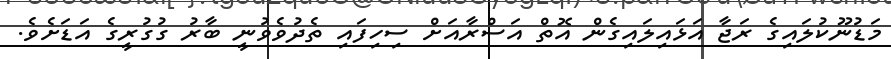
މަޑުނޫކުލައިގެ ރަޖާ އަޅައިލައިގެން އޮތް އަސްރާއަށް ސިހިފައި ތެދުވެވުނީ ބާރު ގުގުރީގެ އަޑަށެވެ.